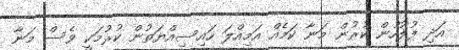
އަދި ފުލުހުން ކުރުން މަނާ ކަމެއް އަމިއްލަ ހައިސިއްޔަތުން ކުރުމަކީ ވެސް މަނާ